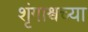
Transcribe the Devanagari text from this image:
शृंगाश्वच्या